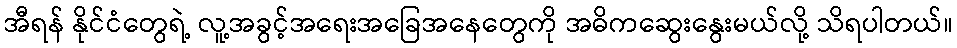
အီရန် နိုင်ငံတွေရဲ့ လူ့အခွင့်အရေးအခြေအနေတွေကို အဓိကဆွေးနွေးမယ်လို့ သိရပါတယ်။